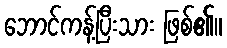
ဘောင်ကန့်ပြီးသား ဖြစ်၏။